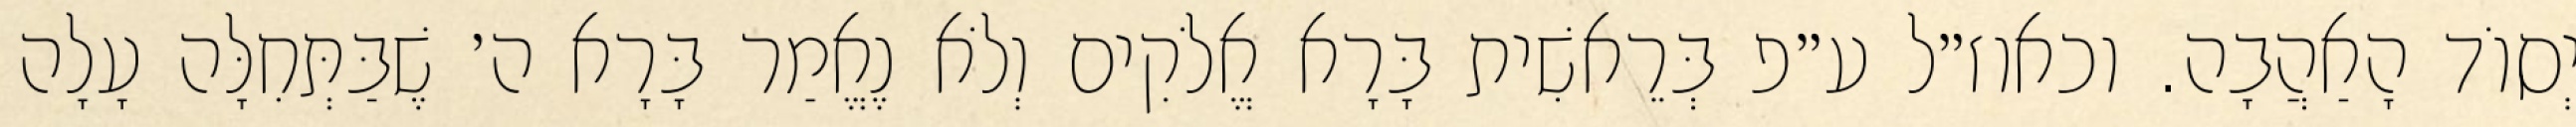
יְסוֹד הָאַהֲבָה. וכאוז״ל ע״פ בְּרֵאשִׁית בָּרָא אֱלֹקִים וְלֹא נֶאֱמַר בָּרָא ה׳ שֶׁבַּתְּחִלָּה עָלָה